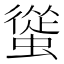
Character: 𧐱